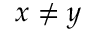
x \neq y